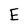
Character: E